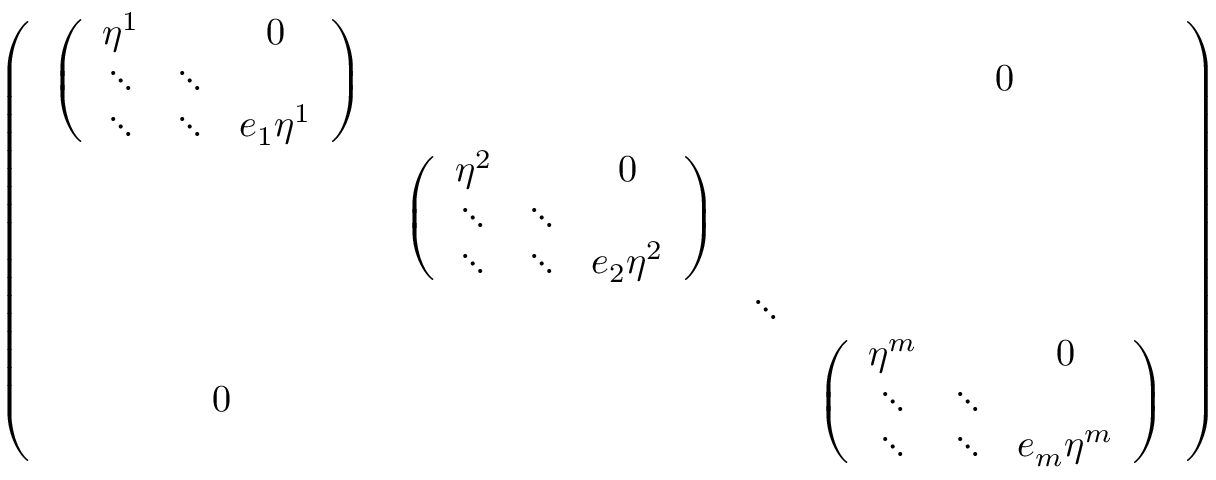
\left( \begin{array} { c c c c } { { { \left( \begin{array} { c c c } { { \eta ^ { 1 } } } & { { } } & { { 0 } } \\ { { \ddots } } & { { \ddots } } \\ { { \ddots } } & { { \ddots } } & { { e _ { 1 } \eta ^ { 1 } } } \end{array} \right) } } } & { { } } & { { } } & { { \mathrm { \Huge ~ 0 } } } \\ { { } } & { { { \left( \begin{array} { c c c } { { \eta ^ { 2 } } } & { { } } & { { 0 } } \\ { { \ddots } } & { { \ddots } } \\ { { \ddots } } & { { \ddots } } & { { e _ { 2 } \eta ^ { 2 } } } \end{array} \right) } } } \\ { { } } & { { } } & { { \ddots } } \\ { { \mathrm { \Huge ~ 0 } } } & { { } } & { { } } & { { { \left( \begin{array} { c c c c } { { \eta ^ { m } } } & { { } } & { { 0 } } \\ { { \ddots } } & { { \ddots } } \\ { { \ddots } } & { { \ddots } } & { { e _ { m } \eta ^ { m } } } \end{array} \right) } } } \end{array} \right)